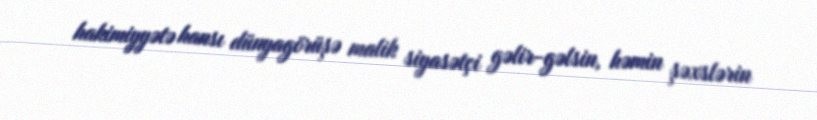
hakimiyyətə hansı dünyagörüşə malik siyasətçi gəlir-gəlsin, həmin şəxslərin